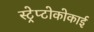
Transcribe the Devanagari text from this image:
स्ट्रेप्टोकोकाई